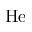
\mathrm { H e }